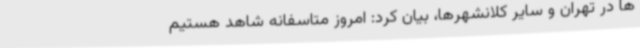
ها در تهران و سایر کلانشهرها، بیان کرد: امروز متاسفانه شاهد هستیم